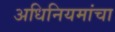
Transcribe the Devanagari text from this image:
अधिनियमांचा